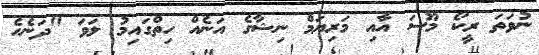
ނުވަތަ ރީކޯ މޫސަ އާއި މަރިޔަމް ނިޝާގެ އަނެއް ހިތްގައިމު ލަވަ "ދަނެހެ